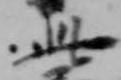
此